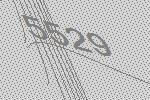
5529